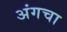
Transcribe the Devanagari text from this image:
अंगचा